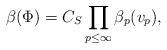
LaTeX: \begin{align*} \beta(\Phi)=C_S\prod\limits_{p\leq\infty}\beta_p(v_p),\end{align*}